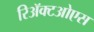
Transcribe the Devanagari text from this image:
रिॲक्टओएस